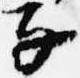
子